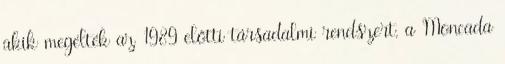
akik megélték az 1989 előtti társadalmi rendszert, a Moncada